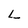
Character: L